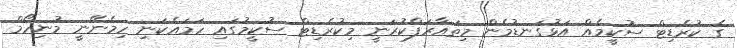
ގެ ކުރެޑިޓް ސުކީމެއް އަޅުގަނޑުމެން މިތައާރަފްކުރަނީ މިކުރެޑިޓް ސުކީމުގައި ހަމައެކަނި ހިމެނޭނީ މުނިހޯމް